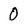
Character: 0